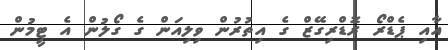
އާއި ޕެޑްރޯ ރޮޑްރިގޭޒް ގެ އިތުރުން ވިލިއަން ގެ ގޯލުން އެ ޓީމުން